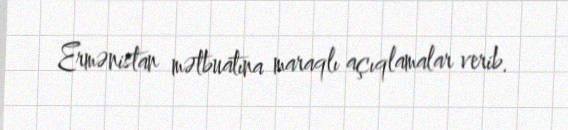
Ermənistan mətbuatına maraqlı açıqlamalar verib.